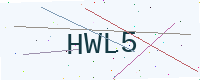
Text: HWL5